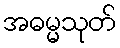
အဓမ္မသုတ်